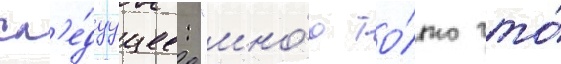
сл'е́дуущее: "мно́ю то́лько что́